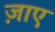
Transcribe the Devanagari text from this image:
ज़ाए